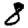
Digit: 8